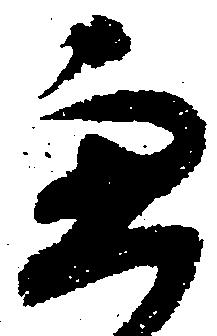
兼